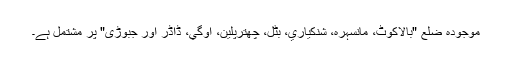
موجودہ ضلع "بالاکوٹ، مانسہرہ، شنكياري، بٹل، چھترپلین، اوگي، ڈاڈر اور جبوڑی" پر مشتمل ہے۔